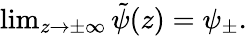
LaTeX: \begin{array}{r}{\operatorname*{lim}_{z\to\pm\infty}\tilde{\psi}(z)=\psi_{\pm}.}\end{array}